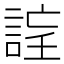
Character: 𧨉